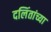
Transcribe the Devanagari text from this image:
दलिंतांच्या